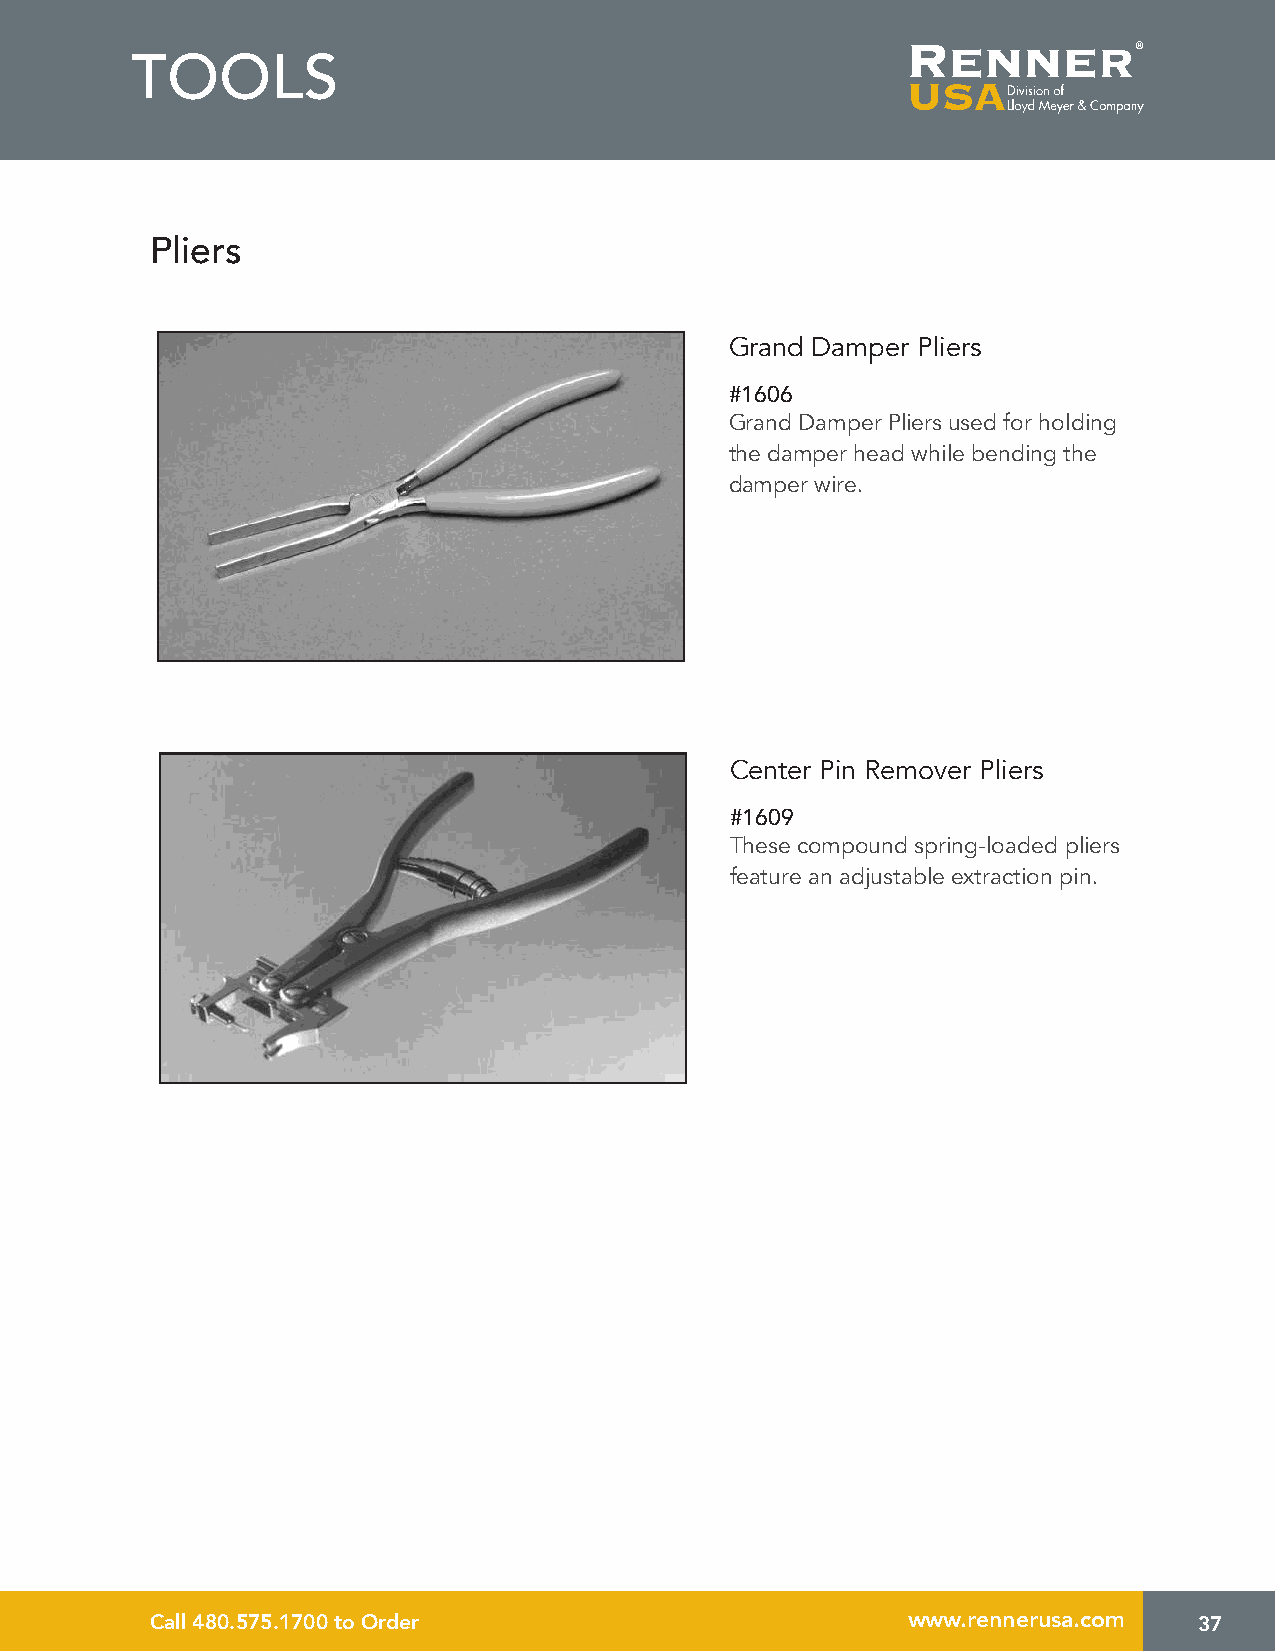
TOOLS
 Pliers
 Grand Damper Pliers
 #1606
 Grand Damper Pliers used for holding
 the damper head while bending the
 damper wire.
 Center Pin Remover Pliers
 #1609
 These compound spring-loaded pliers
 feature an adjustable extraction pin.
 Call 480.575.1700 to Order                        www.rennerusa.com  37